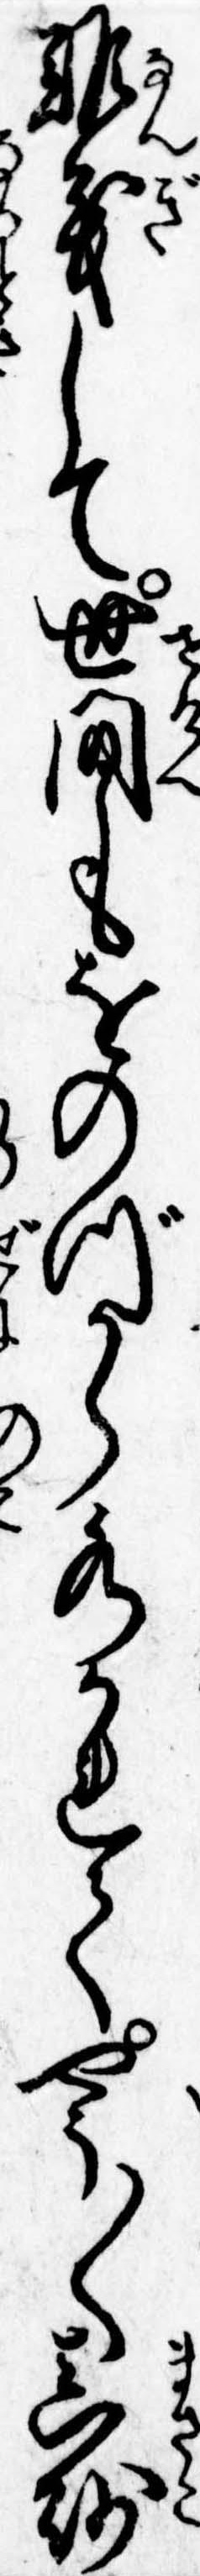
難義して世間もをのづから水かれてやう〱真砂